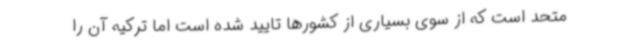
متحد است که از سوی بسیاری از کشورها تایید شده است اما ترکیه آن را